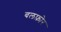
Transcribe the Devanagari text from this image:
बलफ़ोर